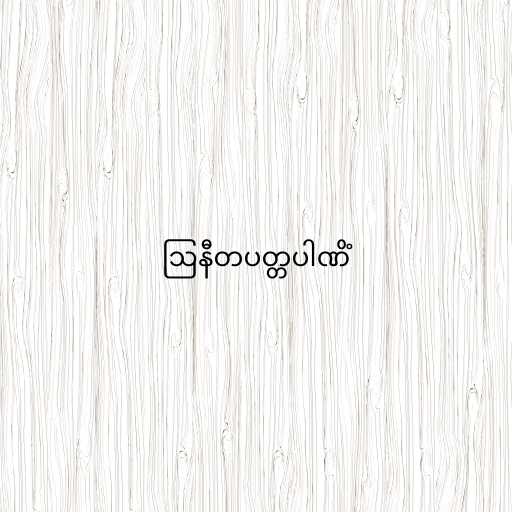
ဩနီတပတ္တပါဏိံ